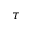
\tau